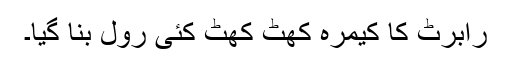
رابرٹ کا کیمرہ کھٹ کھٹ کئی رول بنا گیا۔